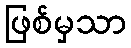
ဖြစ်မှသာ